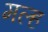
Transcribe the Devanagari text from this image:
मल्ह